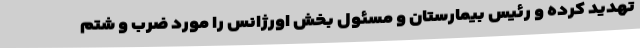
تهدید کرده و رئیس بیمارستان و مسئول بخش اورژانس را مورد ضرب و شتم